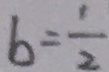
b = \frac { 1 } { 2 }